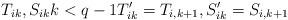
LaTeX: \begin{align*}T_{ik},S_{ik} k<q-1T'_{ik}=T_{i,k+1}, S'_{ik}=S_{i,k+1}\end{align*}